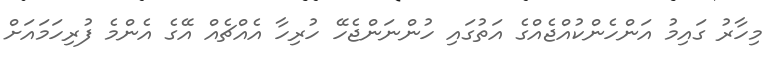
މިހާރު ގައިމު އަންހެންކުއްޖެއްގެ އަތުގައި ހުންނަންޖެހޭ ހުރިހާ އެއްޗެއް އޭގެ އެންމެ ފުރިހަމައަށް